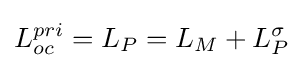
L_{oc}^{pri}=L_{P}=L_{M}+L_{P}^{\sigma }